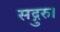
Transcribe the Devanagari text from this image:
सद्गुरु।